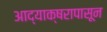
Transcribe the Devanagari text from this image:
आद्याक्षरापासून